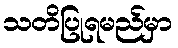
သတိပြုရမည်မှာ